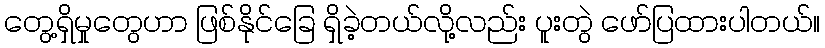
တွေ့ရှိမှုတွေဟာ ဖြစ်နိုင်ခြေ ရှိခဲ့တယ်လို့လည်း ပူးတွဲ ဖော်ပြထားပါတယ်။